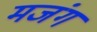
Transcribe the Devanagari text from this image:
मजंग